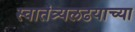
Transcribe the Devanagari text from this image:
स्वातंत्र्यलढयाच्या